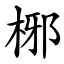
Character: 㭨